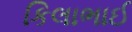
કિલાભાઈ